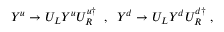
Y ^ { u } \rightarrow U _ { L } Y ^ { u } U _ { R } ^ { u \dagger } \; \; , \; \; Y ^ { d } \rightarrow U _ { L } Y ^ { d } U _ { R } ^ { d \dagger } \; ,